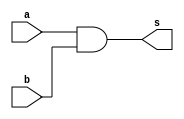
// -------------------------
// Exemplo0032 - F4
// Nome: Ailton Gomes
// -------------------------
// --       PORTAS        --
// -------------------------
// -------------------------
// -- AND
// -------------------------
module andgate (output s,
input  a,
input  b);
assign s = a & b;
// descrever por portas
endmodule // andgate
// -------------------------
// -- AND3
// -------------------------
module and3gate (output s,
input  a,
input  b,
input  c);
assign s = a & b & c;
// descrever por portas
endmodule // and3gate
// -------------------------
// -- ORgate
// -------------------------
module orgate (output s,
input a,
input b);
assign s = a | b;
// descrever por portas
endmodule // orgate
// -------------------------
// -- OR3gate
// -------------------------
module or3gate (output s,
input a,
input b,
input c);
assign s = a | b | c;
// descrever por portas
endmodule // or3gate
// -------------------------


// -------------------------
// f4_gate
// -------------------------
module f4 (output s,
input [2:0] a);
wire f;
wire g;
wire h;
and3gate AND1 ( f, a[0], a[1], a[2]);
orgate OR1 ( g, f, ~a[2]);
or3gate OR2 ( h, a[0], a[1], f);
andgate AND2 ( s, h, g);
// descrever por portas
endmodule // f4
module test_f4;
// ------------------------- definir dados
reg [2:0] x;
wire z;
f4 modulo (z, x);
// ------------------------- parte principal
initial begin
$display("Exemplo0032 - Ailton Gomes - 440092");
$display("Test LU's module"   );
 x = 4'b000;
 $display("%b = %b", x, z);
 x = 4'b010;
#1 $display("%b = %b", x, z); 
 x = 4'b001;
#1 $display("%b = %b", x, z);
x = 4'b011;
#1 $display("%b = %b", x, z);
 x = 4'b100;
#1 $display("%b = %b", x, z); 
 x = 4'b101;
#1 $display("%b = %b", x, z);
 x = 4'b110;
#1 $display("%b = %b", x, z); 
 x = 4'b111;
#1 $display("%b = %b", x, z);

end
endmodule // test_f4